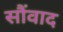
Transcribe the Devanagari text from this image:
सौंवाद